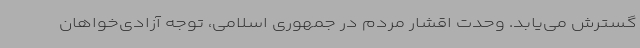
گسترش می‌یابد. وحدت اقشار مردم در جمهوری اسلامی، توجه آزادی‌خواهان